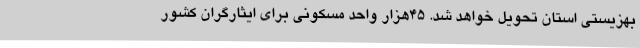
بهزیستی استان تحویل خواهد شد. 45هزار واحد مسکونی برای ایثارگران کشور